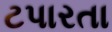
ટપારતા